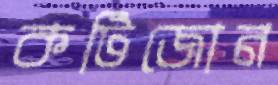
কর্টিজোন